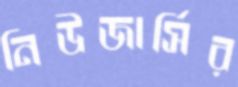
নিউজার্সির